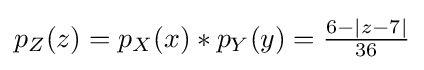
{\textstyle p_{Z}(z)=p_{X}(x)*p_{Y}(y)={6-|z-7| \over 36}}